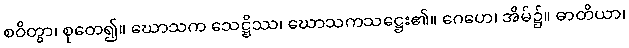
စဝိတွာ၊ စုတေ၍။ ဃောသက သေဋ္ဌိဿ၊ ဃောသကသဋ္ဌေး၏။ ဂေဟေ၊ အိမ်၌။ ဓာတိယာ၊